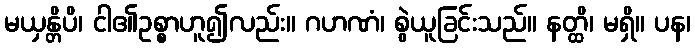
မယှန္တိပိ၊ ငါ၏ဥစ္စာဟူ၍လည်း။ ဂဟဏံ၊ စွဲယူခြင်းသည်။ နတ္ထိ၊ မရှိ။ ပန၊